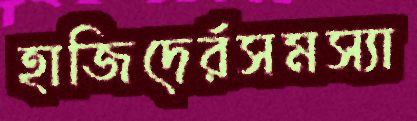
হাজিদের্রসমস্যা